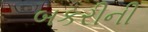
બકરીની